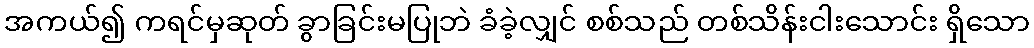
အကယ်၍ ကရင်မှဆုတ် ခွာခြင်းမပြုဘဲ ခံခဲ့လျှင် စစ်သည် တစ်သိန်းငါးသောင်း ရှိသော